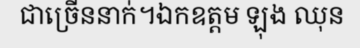
ជាច្រើននាក់។ឯកឧត្តម ឡុង ឈុន